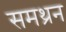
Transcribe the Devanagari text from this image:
समथ्रन